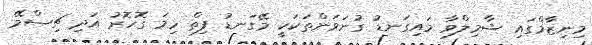
މިނިޒާމްގައި ޝާމިލްވާ މައިގަނޑު ގުނަވަންތަކަކީ މޭގަނޑު ފިތް ހިމަ ގޮހޮރު އަދި ޗިސްމޭ